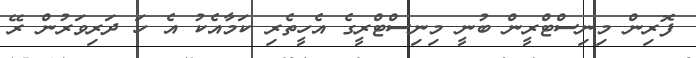
ފޮރިން މިނިސްޓްރީން ބުނީ މިނިސްޓްރީގެ އެހީތެރި ކަމާއެކު އެ ހަ ދަރިވަރުން ރޭ